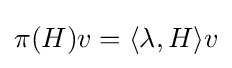
\pi (H)v=\langle \lambda ,H\rangle v